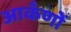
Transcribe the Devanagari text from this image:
आकँणों